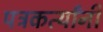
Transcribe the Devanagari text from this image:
पत्रकर्त्यांनी